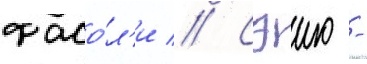
фасо́л'и // Сэию -